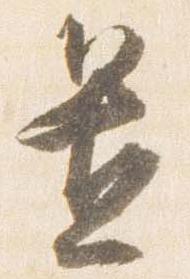
置